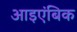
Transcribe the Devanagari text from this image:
आइएंबिक